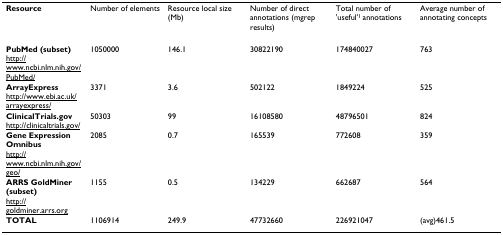
| Resource | Number of elements | Resource local size (Mb) | Number of direct annotations (mgrep results) | Total number of 'useful'1 annotations | Average number of annotating concepts |
 | --- | --- | --- | --- | --- | --- |
 | PubMed (subset)http://www.ncbi.nlm.nih.gov/PubMed/ | 1050000 | 146.1 | 30822190 | 174840027 | 763 |
 | ArrayExpresshttp://www.ebi.ac.uk/arrayexpress/ | 3371 | 3.6 | 502122 | 1849224 | 525 |
 | ClinicalTrials.govhttp://clinicaltrials.gov/ | 50303 | 99 | 16108580 | 48796501 | 824 |
 | Gene Expression Omnibushttp://www.ncbi.nlm.nih.gov/geo/ | 2085 | 0.7 | 165539 | 772608 | 359 |
 | ARRS GoldMiner (subset)http://goldminer.arrs.org | 1155 | 0.5 | 134229 | 662687 | 564 |
 | TOTAL | 1106914 | 249.9 | 47732660 | 226921047 | (avg)461.5 |